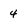
Character: 4